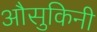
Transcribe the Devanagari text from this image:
औसुकिनी